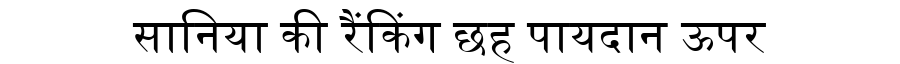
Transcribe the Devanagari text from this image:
सानिया की रैंकिंग छह पायदान ऊपर